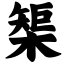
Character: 榘